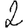
Digit: 2